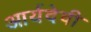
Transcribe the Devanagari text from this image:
आर्यदेवी